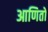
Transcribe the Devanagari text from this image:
आणितो